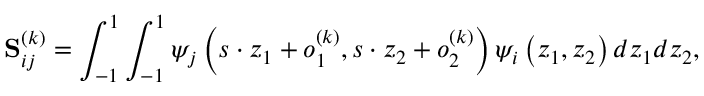
\mathbf { S } _ { i j } ^ { ( k ) } = \int _ { - 1 } ^ { 1 } \int _ { - 1 } ^ { 1 } \psi _ { j } \left( s \cdot z _ { 1 } + o _ { 1 } ^ { ( k ) } , s \cdot z _ { 2 } + o _ { 2 } ^ { ( k ) } \right) \psi _ { i } \left( z _ { 1 } , z _ { 2 } \right) d z _ { 1 } d z _ { 2 } ,